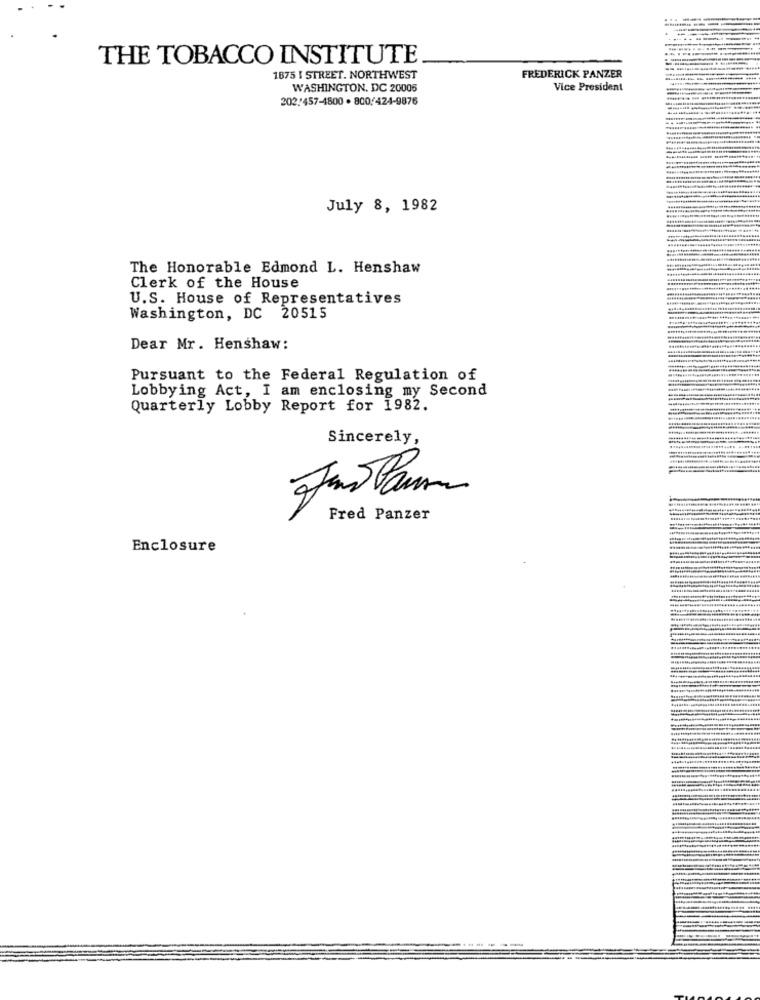
THE TOBACCO INSTITUTE
1875 I STREET. NORTHWEST
FREDERICK PANZER
WASHINGTON, DC 20005
Vice President
202/457-4800 . 800/424-9876
July 8, 1982
The Honorable Edmond L. Henshaw
Clerk of the House
U.S. House of Representatives
Washington, DC 20515
Dear Mr. Henshaw:
Pursuant to the Federal Regulation of
Lobbying Act, I am enclosing my Second
Quarterly Lobby Report for 1982.
Sincerely,
10
Fred Panzer
Enclosure